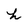
Character: h